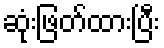
ဆုံးဖြတ်ထားပြီး